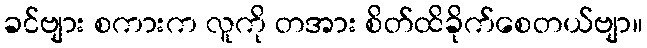
ခင်ဗျား စကားက လူကို တအား စိတ်ထိခိုက်စေတယ်ဗျာ။